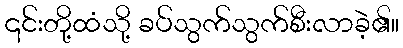
၎င်းတို့ထံသို့ ခပ်သွက်သွက်စီးလာခဲ့၏။